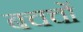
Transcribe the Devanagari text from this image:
बचचों